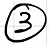
\textcircled{3}